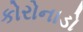
કોરોનાડો